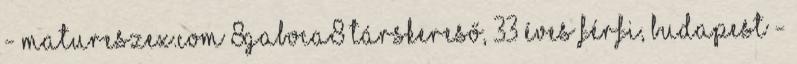
- Matureszex.com 8Gaboca8 társkereső, 33 éves férfi, Budapest -